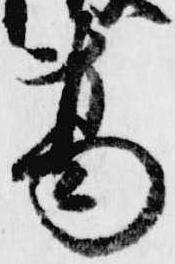
葛